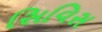
સિવિસ